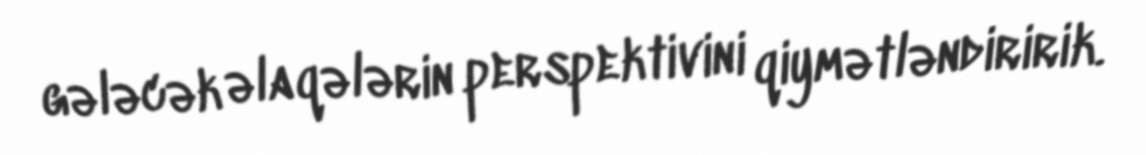
gələcək əlaqələrin perspektivini qiymətləndiririk.